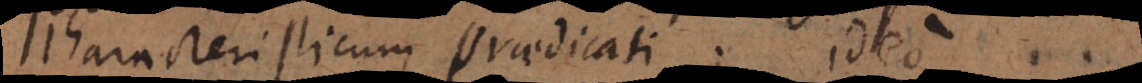
characteristicum praedicati; ideo